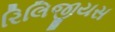
રિલિજીયસ